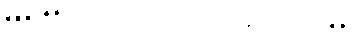
### **အပိုင်း (၇) - ကုန်ပစ္စည်းနှင့် ကုဒ်များ**